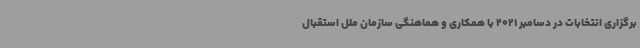
برگزاری انتخابات در دسامبر 2021 با همکاری و هماهنگی سازمان ملل استقبال